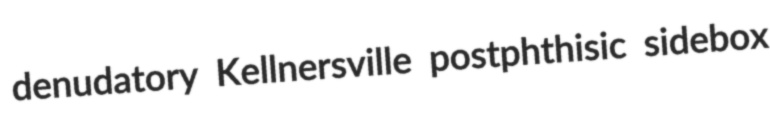
denudatory Kellnersville postphthisic sidebox